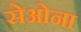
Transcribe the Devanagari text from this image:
सेओना